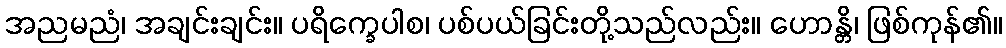
အညမညံ၊ အချင်းချင်း။ ပရိက္ခေပါစ၊ ပစ်ပယ်ခြင်းတို့သည်လည်း။ ဟောန္တိ၊ ဖြစ်ကုန်၏။